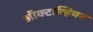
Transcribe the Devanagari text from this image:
ऑक्टाव्हियन